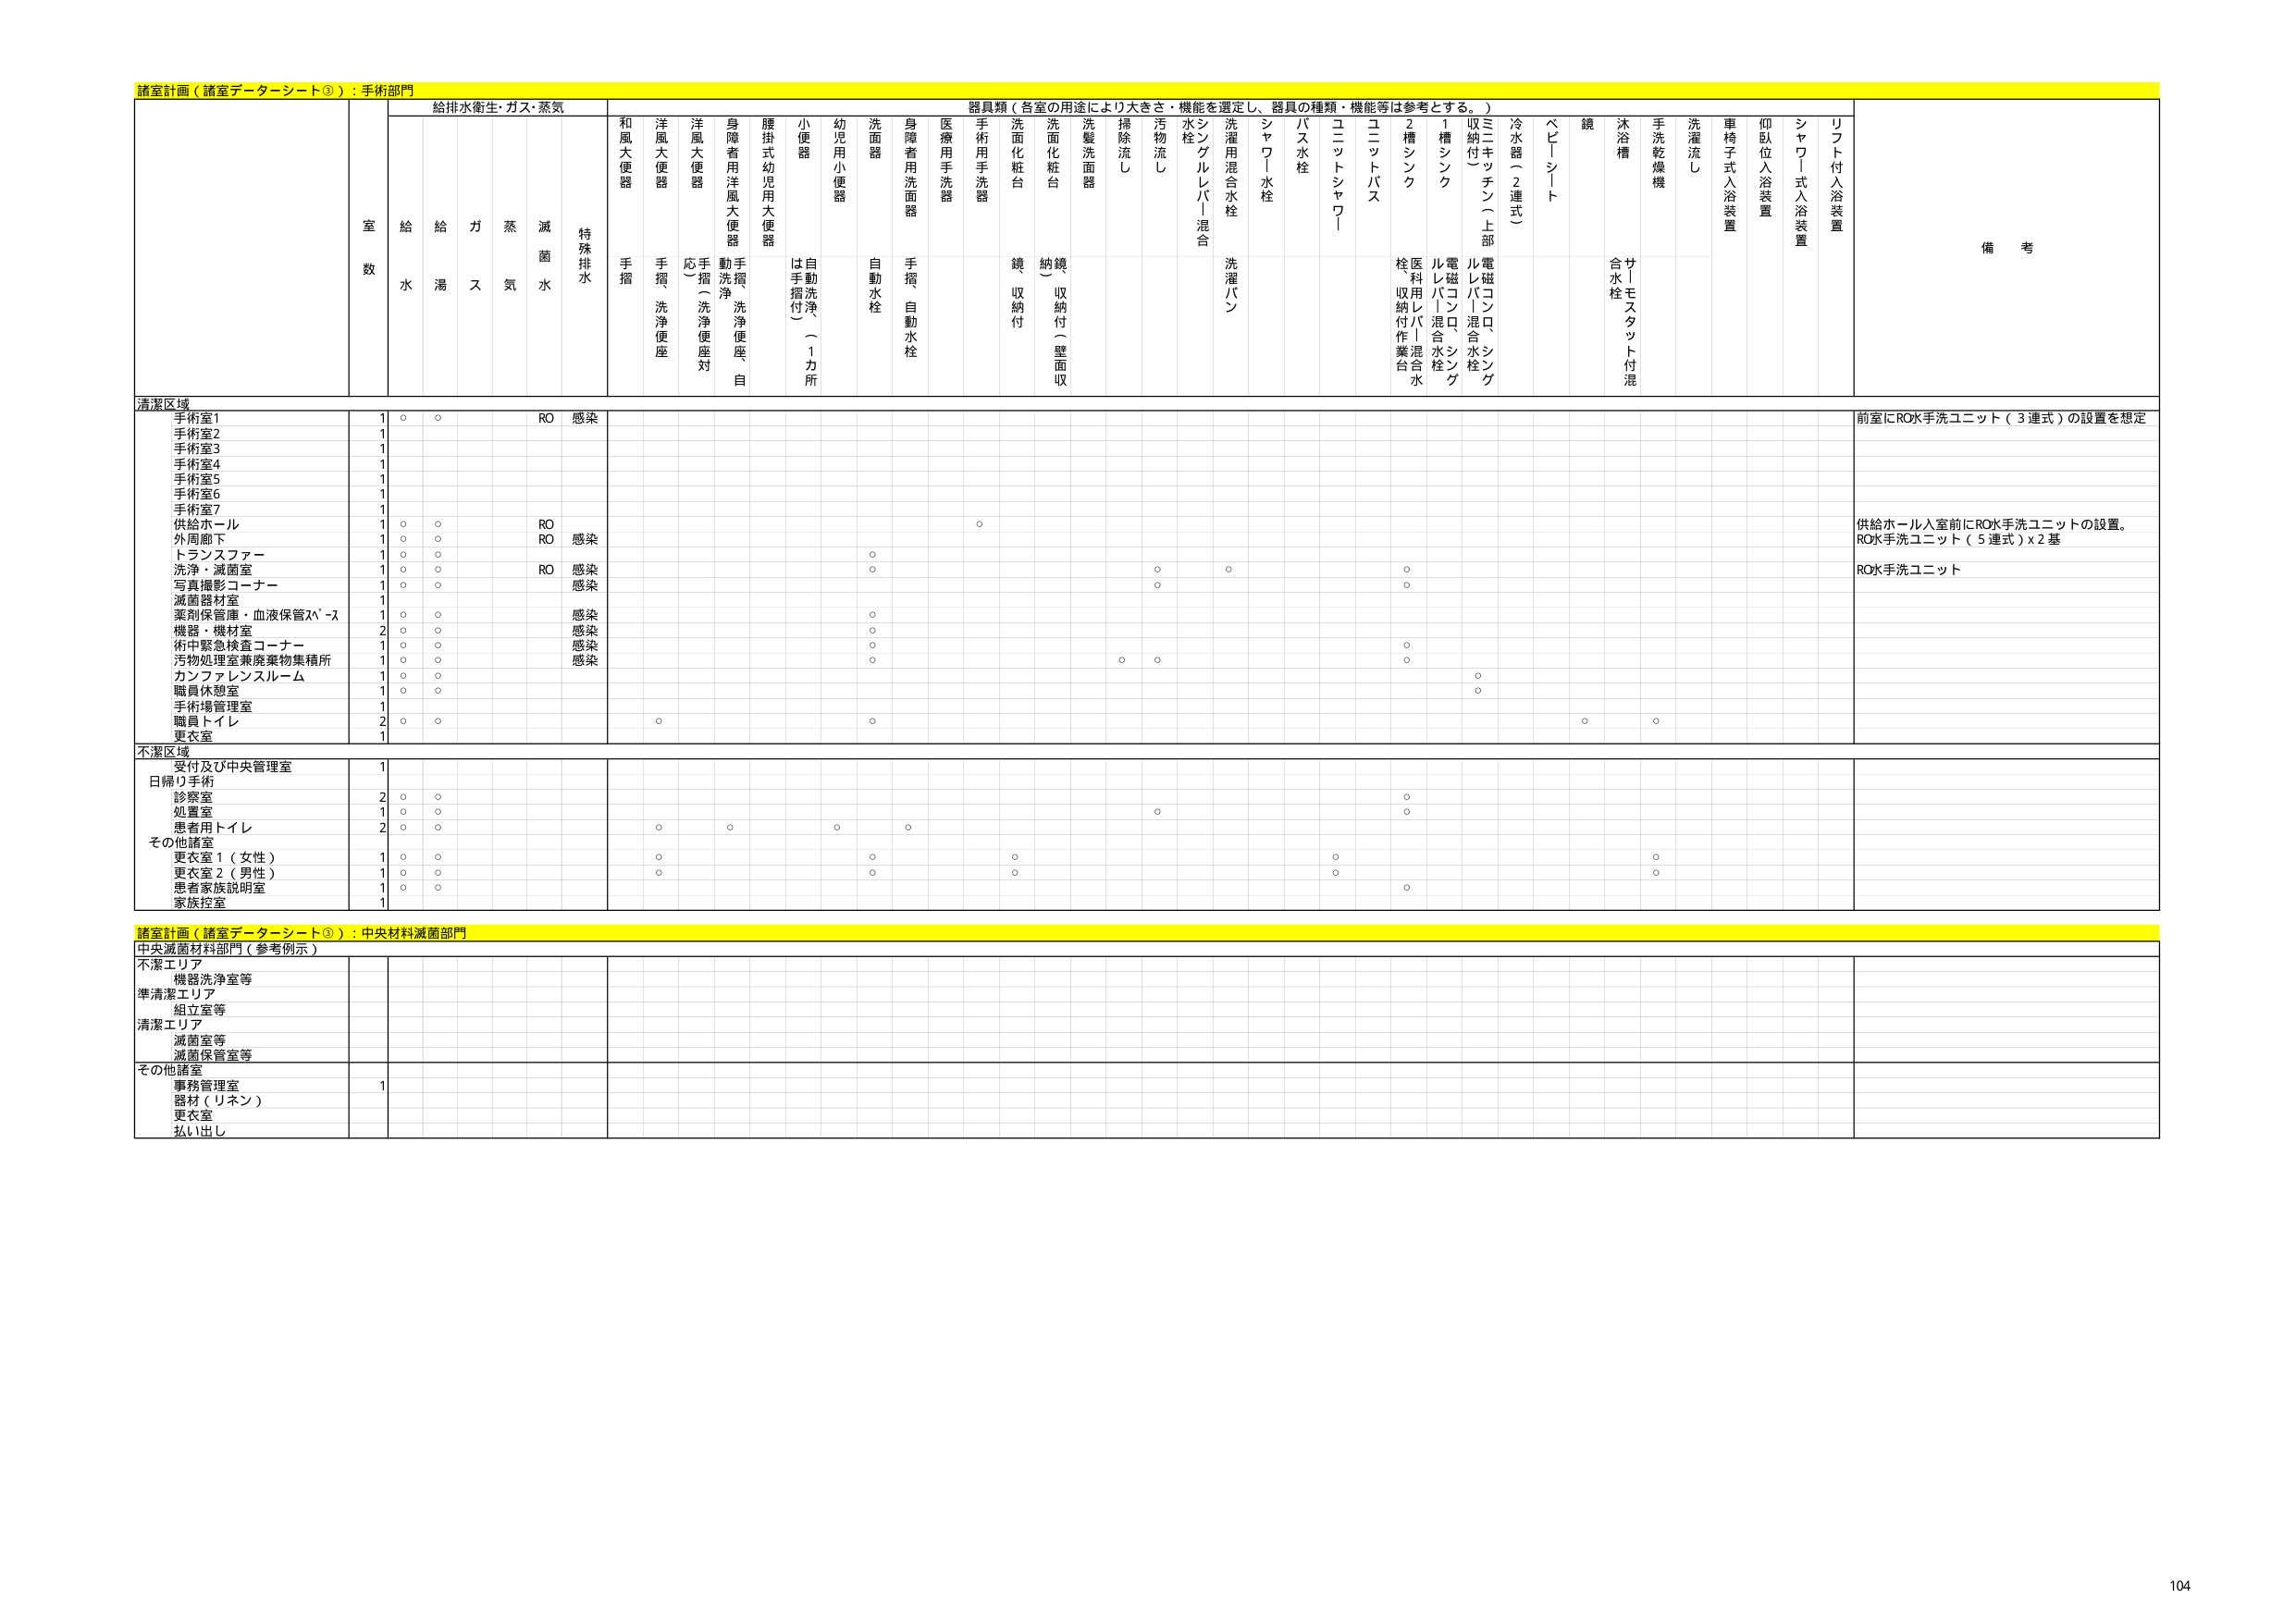
諸室計画（諸室データシート③）：手術部門

給排水衛生・ガス・蒸気

器具類（各室の用途により大きさ・機能を選定し、器具の種類・機能等は参考とする。）

室数

給水

給湯

ガス

蒸気

滅菌水

特殊排水

和風大便器

手摺

洋風大便器

手摺、洗浄便座

洋風大便器

応（洗浄便座対）

身障者用洋風大便器

動洗浄、洗浄便座、自

腰掛式幼児用大便器

小便器

は手摺付（）

自動洗浄（1カ所）

幼児用小便器

洗面器

自動水栓

身障者用洗面器

手摺、自動水栓

医療用手洗器

手術用手洗器

洗面化粧台

鏡収納付

洗面化粧台

納鏡（収納付（壁面収）

洗髪洗面器

掃除流し

汚物流し

水栓

シンクレバー混合

洗濯用混合水栓

洗濯パン

シャワー水栓

バス水栓

ユニットシャワー

ユニットバス

2槽シンク

栓、収納付作業台

医利用レバー混合水栓

ル磁バコンロ、シンク

電磁バコンロ、シンク

収納付（）

ミニキッチン（上部）

冷水器（2連式）

ベビーシート

鏡

サトモスタット付混合水栓

沐浴槽

手洗乾燥機

洗濯流し

車椅子式入浴装置

仰臥位入浴装置

シャワー式入浴装置

リフト付入浴装置

備考

清潔区域

手術室1

1

○

○

RO

感染

前室にRO水手洗ユニット（3連式）の設置を想定

手術室2

1

手術室3

1

手術室4

1

手術室5

1

手術室6

1

手術室7

1

供給ホール

1

○

○

RO

○

供給ホール入室前にRO水手洗ユニットの設置。RO水手洗ユニット（5連式）×2基

外周廊下

1

○

○

RO

感染

トランスファー

1

○

○

○

洗浄・滅菌室

1

○

○

RO

感染

○

○

○

RO水手洗ユニット

写真撮影コーナー

1

○

○

感染

○

滅菌器付室

1

薬剤保管庫・血液保管ｽﾍﾟｰｽ

1

○

○

感染

○

機器・機材室

2

○

○

感染

○

術中緊急検査コーナー

1

○

○

感染

○

○

汚物処理室兼廃棄物集積所

1

○

○

感染

○

○

○

カンファレンスルーム

1

○

○

○

職員休憩室

1

○

○

○

手術場管理室

1

職員トイレ

2

○

○

○

○

○

更衣室

1

○

不潔区域

受付及び中央管理室

1

日帰り手術

診察室

2

○

○

○

処置室

1

○

○

○

患者用トイレ

2

○

○

○

○

○

○

その他諸室

更衣室1（女性）

1

○

○

○

○

○

更衣室2（男性）

1

○

○

○

○

○

患者家族説明室

1

○

○

○

家族控室

1

諸室計画（諸室データシート③）：中央材料滅菌部門

中央滅菌材料部門（参考例示）

不潔エリア

機器洗浄室等

準清潔エリア

組立室等

清潔エリア

滅菌室等

滅菌保管室等

その他諸室

事務管理室

器材（リネン）

1

更衣室

払い出し

104